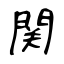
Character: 関